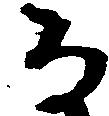
な